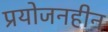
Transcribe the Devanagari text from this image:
प्रयोजनहीन